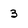
Character: 3